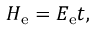
H _ { \mathrm { e } } = E _ { \mathrm { e } } t ,